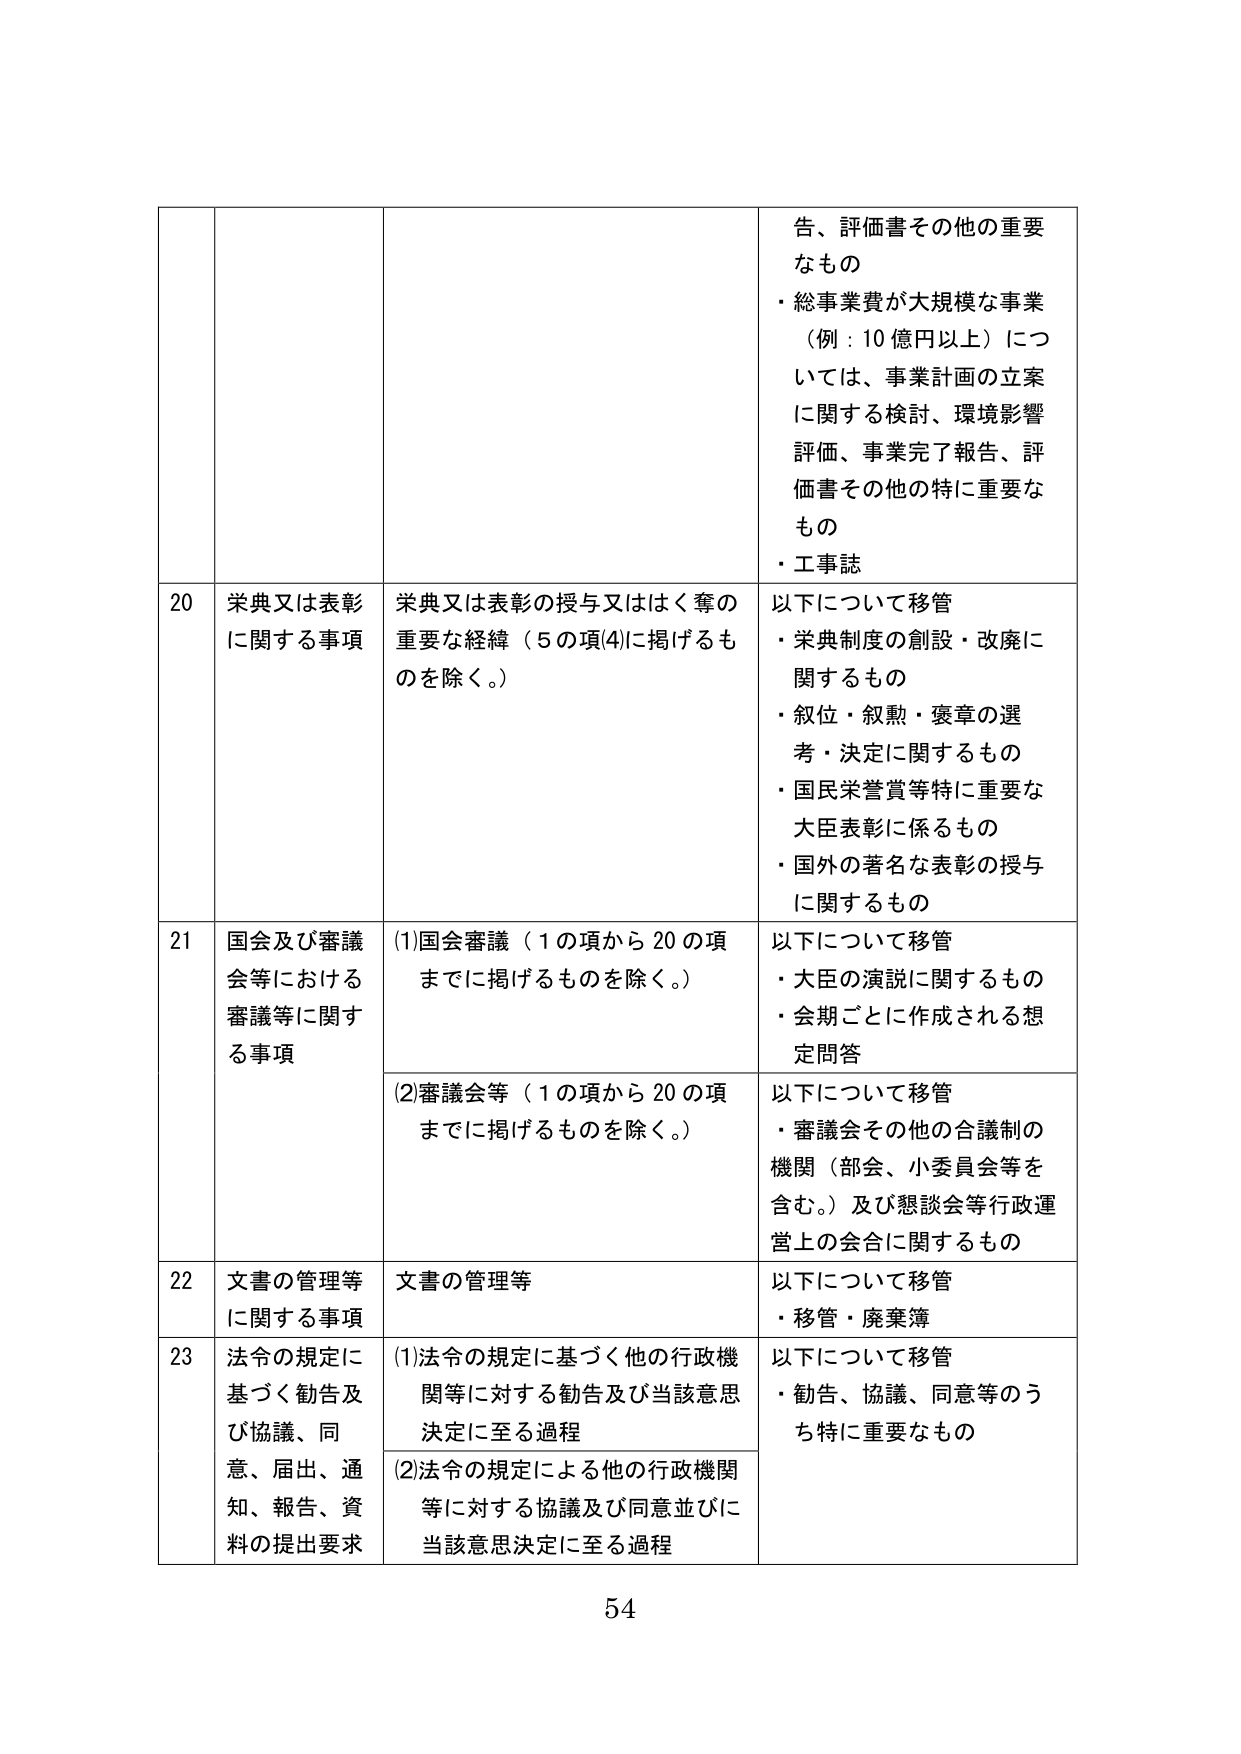
告、評価書その他の重要なもの
・総事業費が大規模な事業（例：10億円以上）については、事業計画の立案に関する検討、環境影響評価、事業完了報告、評価書その他の特に重要なもの
・工事誌

20 栄典又は表彰に関する事項
栄典又は表彰の授与又ははく奪の重要な経緯（5の項(4)に掲げるものを除く。）
以下について移管
・栄典制度の創設・改廃に関するもの
・叙位・叙勲・褒章の選考・決定に関するもの
・国民栄誉賞等特に重要な大臣表彰に係るもの
・国外の著名な表彰の授与に関するもの

21 国会及び審議会等における審議等に関する事項
(1)国会審議（1の項から20の項までに掲げるものを除く。）
以下について移管
・大臣の演説に関するもの
・会期ごとに作成される想定問答
(2)審議会等（1の項から20の項までに掲げるものを除く。）
以下について移管
・審議会その他の合議制の機関（部会、小委員会等を含む。）及び懇談会等行政運営上の会合に関するもの

22 文書の管理等に関する事項
文書の管理等
以下について移管
・移管・廃棄簿

23 法令の規定に基づく勧告及び協議、同意、届出、通知、報告、資料の提出要求
(1)法令の規定に基づく他の行政機関等に対する勧告及び当該意思決定に至る過程
以下について移管
・勧告、協議、同意等のうち特に重要なもの
(2)法令の規定による他の行政機関等に対する協議及び同意並びに当該意思決定に至る過程

54